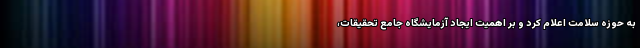
به حوزه سلامت اعلام کرد و بر اهمیت ایجاد آزمایشگاه جامع تحقیقات،